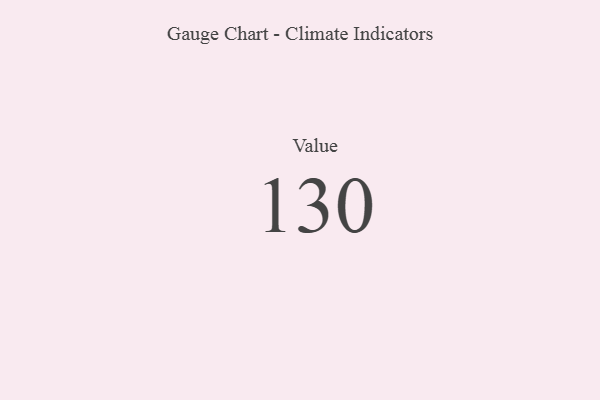
{"axis": {"x": "Metric", "y": "Value"}, "legend": [""], "data": [{"x": "Value", "y": 130, "type": ""}]}